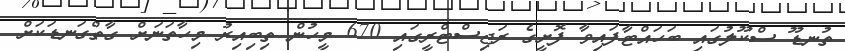
ތުނޑޫ ސްކޫލުގައި ބަހައްޓާފައިވާ ފޮށީގެ ރަޖިސްޓްރީގައި 670 މީހުން ތިބިއިރު މިހާތަނަށް ގާތްގަނޑަކަށް